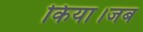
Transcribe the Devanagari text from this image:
किया।जब